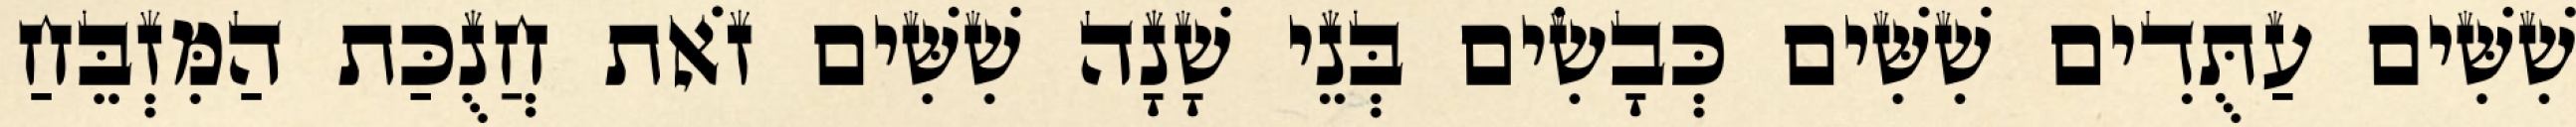
שִׁשִּׁים עַתֻּדִים שִׁשִּׁים כְּבָשִׂים בְּנֵי שָׁנָה שִׁשִּׁים זֹאת חֲנֻכַּת הַמִּזְבֵּחַ